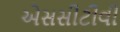
એસસીટીવી